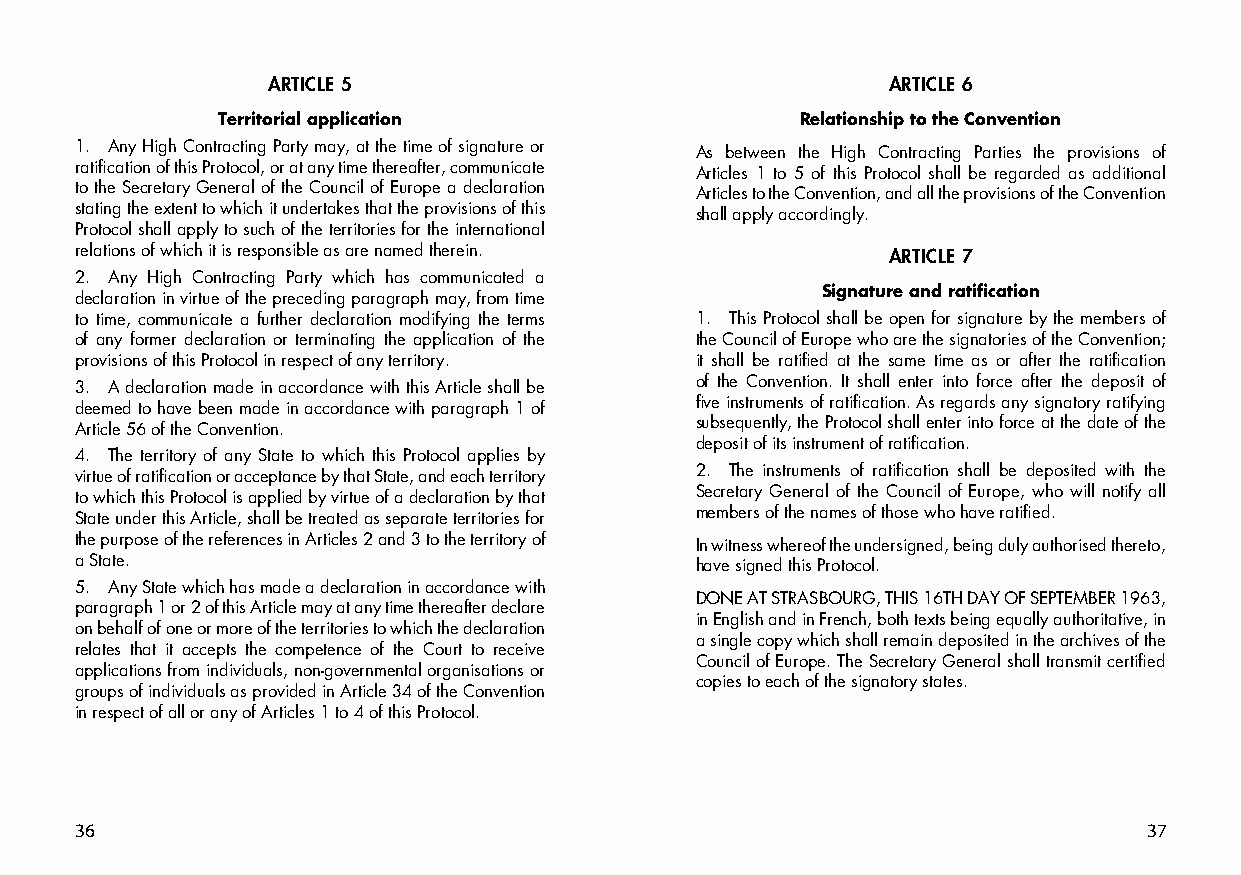
ARTICLE 5                                ARTICLE 6
 Territorial application                Relationship to the Convention
 1. Any High Contracting Party may, at the time of signature or As between the High Contracting Parties the provisions of
 ratification of this Protocol, or at any time thereafter, communicate Articles 1 to 5 of this Protocol shall be regarded as additional
 to the Secretary General of the Council of Europe a declaration Articles to the Convention, and all the provisions of the Convention
 stating the extent to which it undertakes that the provisions of this shall apply accordingly.
 Protocol shall apply to such of the territories for the international
 relations of which it is responsible as are named therein. ARTICLE 7
 2. Any High Contracting Party which has communicated a
 Signature and ratification
 declaration in virtue of the preceding paragraph may, from time
 to time, communicate a further declaration modifying the terms 1. This Protocol shall be open for signature by the members of
 of any former declaration or terminating the application of the the Council of Europe who are the signatories of the Convention;
 provisions of this Protocol in respect of any territory. it shall be ratified at the same time as or after the ratification
 3. A declaration made in accordance with this Article shall be of the Convention. It shall enter into force after the deposit of
 deemed to have been made in accordance with paragraph 1 of five instruments of ratification. As regards any signatory ratifying
 Article 56 of the Convention.            subsequently, the Protocol shall enter into force at the date of the
 deposit of its instrument of ratification.
 4. The territory of any State to which this Protocol applies by
 virtue of ratification or acceptance by that State, and each territory 2. The instruments of ratification shall be deposited with the
 to which this Protocol is applied by virtue of a declaration by that Secretary General of the Council of Europe, who will notify all
 State under this Article, shall be treated as separate territories for members of the names of those who have ratified.
 the purpose of the references in Articles 2 and 3 to the territory of In witness whereof the undersigned, being duly authorised thereto,
 a State.                                 have signed this Protocol.
 5. Any State which has made a declaration in accordance with
 DONE AT STRASBOURG, THIS 16TH DAY OF SEPTEMBER 1963,
 paragraph 1 or 2 of this Article may at any time thereafter declare
 in English and in French, both texts being equally authoritative, in
 on behalf of one or more of the territories to which the declaration
 a single copy which shall remain deposited in the archives of the
 relates that it accepts the competence of the Court to receive
 Council of Europe. The Secretary General shall transmit certified
 applications from individuals, non-governmental organisations or
 copies to each of the signatory states.
 groups of individuals as provided in Article 34 of the Convention
 in respect of all or any of Articles 1 to 4 of this Protocol.
 36                                                                     37